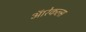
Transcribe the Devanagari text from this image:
ऑरेकल्स